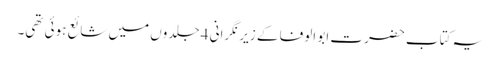
یہ کتاب حضرت ابو الوفا کے زیر نگرانی 4 جلدوں میں شائع ہوئی تھی۔